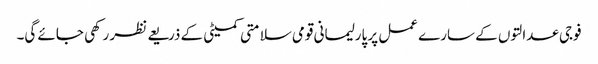
فوجی عدالتوں کے سارے عمل پر پارلیمانی قومی سلامتی کمیٹی کے ذریعے نظر رکھی جائے گی۔